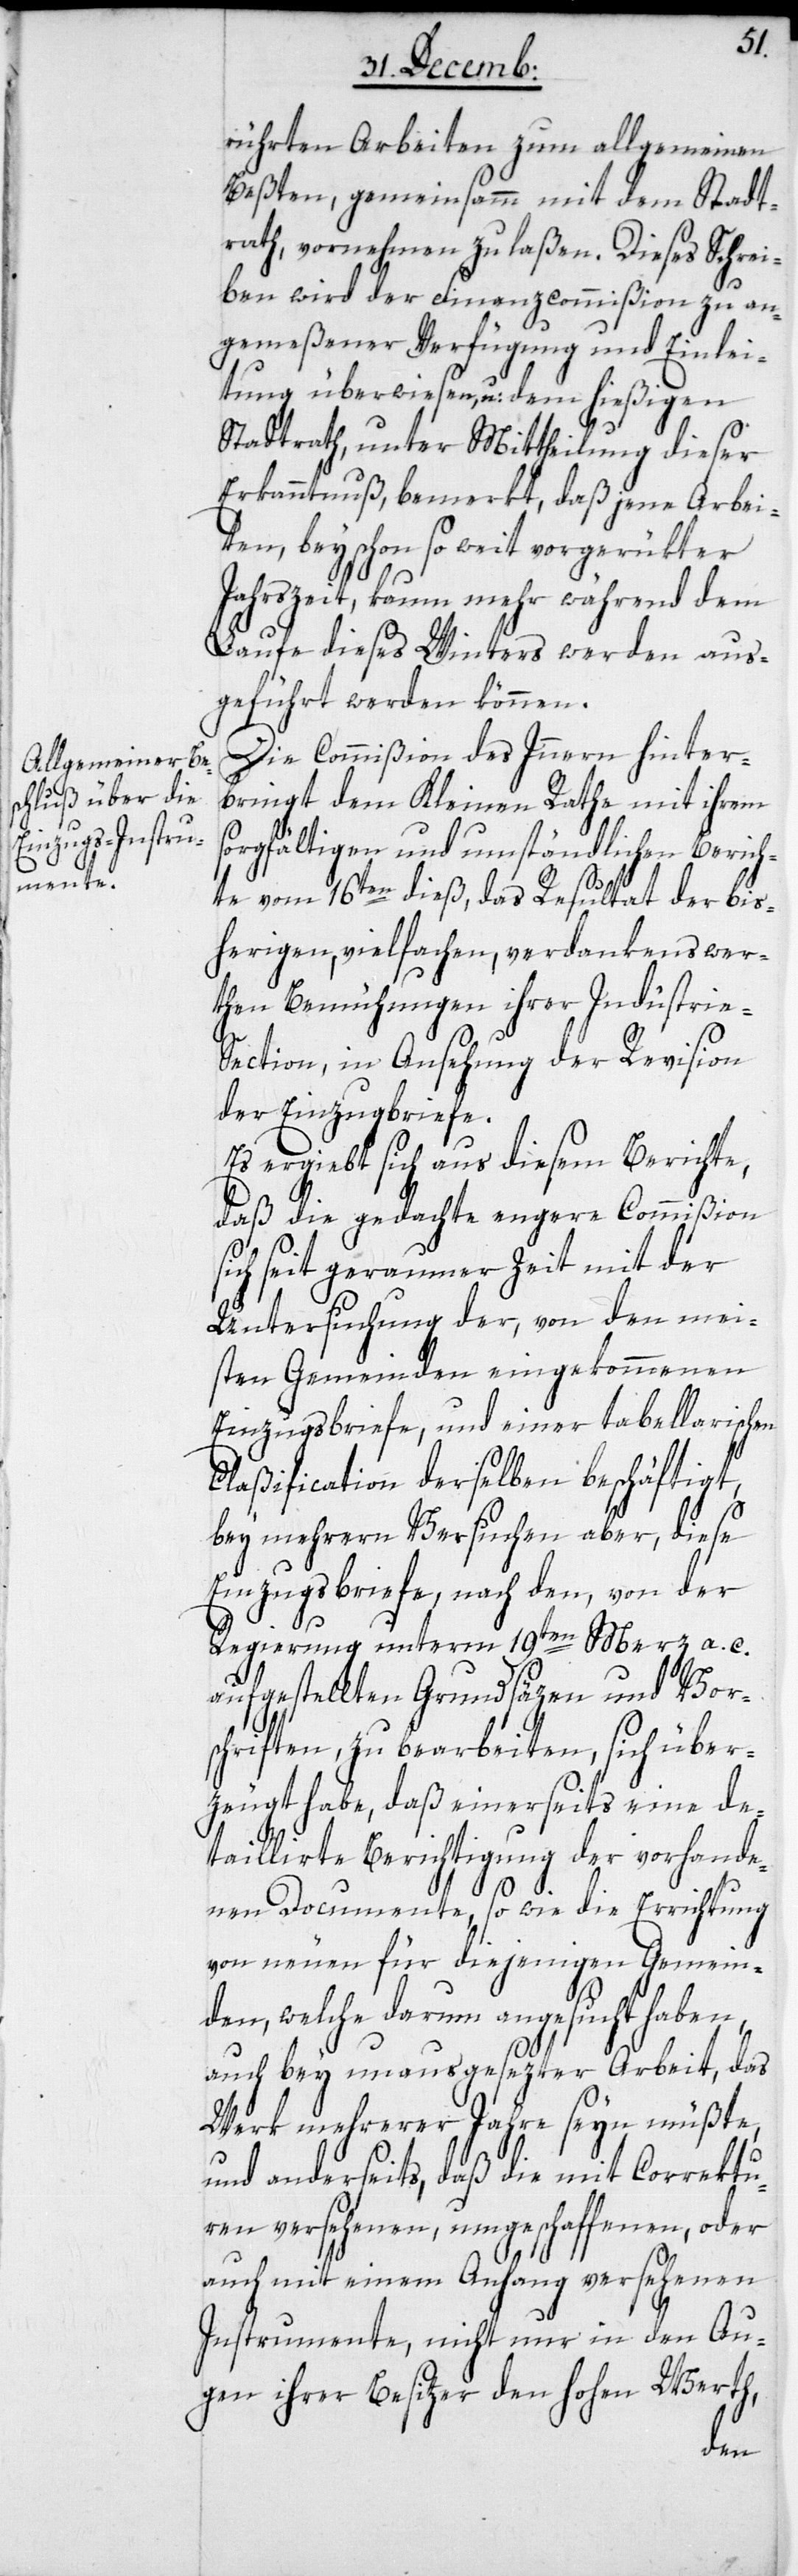
rührten Arbeiten zum allgemeinen
Beßten, gemeinsamm mit dem Stadt¬
rath, vornehmen zu laßen. Dieses Schrei¬
ben wird der Finanzcommißion zu an¬
gemeßener Verfügung und Einlei¬
tung überwiesen, u: dem hießigen
Stadtrath unter Mittheilung dieser
Erkanntnuß bemerkt, daß jene Arbei¬
ten bey schon so weit vorgerükter
Jahrszeit, kaum mehr während dem
Laufe dieses Winters werden aus¬
geführt werden können.
Die Commißion des Inneren hinter¬
bringt dem Kleinen Rathe mit ihrem
sorgfältigen und umständlichen Berich¬
te vom 16ten dieß, das Resultat der bis¬
herigen, vielfachen, verdankenswer¬
then Bemühungen ihrer Industrie-S¬
ection, in Ansehung der Revision
der Einzugsbriefe.
Es ergibt sich aus diesem Berichte,
daß die gedachte engere Commißion
sich seit geraumer Zeit mit der
Untersuchung der, von den mei¬
sten Gemeinden eingekommenen
Einzugsbriefe, und einer tabellarischen
Claßification derselben beschäftigt,
bey mehrern Versuchen aber, diese
Einzugsbriefe, nach den, von der
Regierung unterm 19ten Merz a. c.
aufgestellten Grundsäzen und Vor¬
schriften zu bearbeiten, sich über¬
zeugt habe, daß einerseits eine de¬
taillirte Berichtigung der vorhande¬
nen Documente, so wie die Errichtung
von neuen für diejenigen Gemein¬
den, welche darum angesucht haben,
auch bey unausgesezter Arbeit, das
Werk mehrerer Jahre seyn müßte,
und anderseits, daß die mit Correktu¬
ren versehenen, umgeschaffenen, oder
auch mit einem Anhang versehenen
Instrumente, nicht nur in den Au¬
gen ihrer Besitzer den hohen Werth,